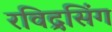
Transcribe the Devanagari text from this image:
रविद्रसिंग